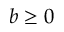
b \geq 0